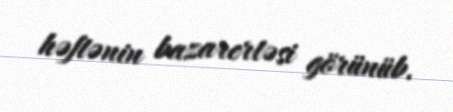
həftənin bazarertəsi görünüb.